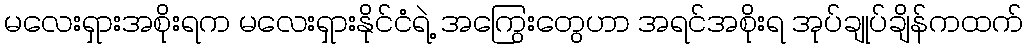
မလေးရှားအစိုးရက မလေးရှားနိုင်ငံရဲ့ အကြွေးတွေဟာ အရင်အစိုးရ အုပ်ချုပ်ချိန်ကထက်